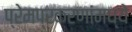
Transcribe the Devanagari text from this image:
प्रेमप्रकरणांमध्ये